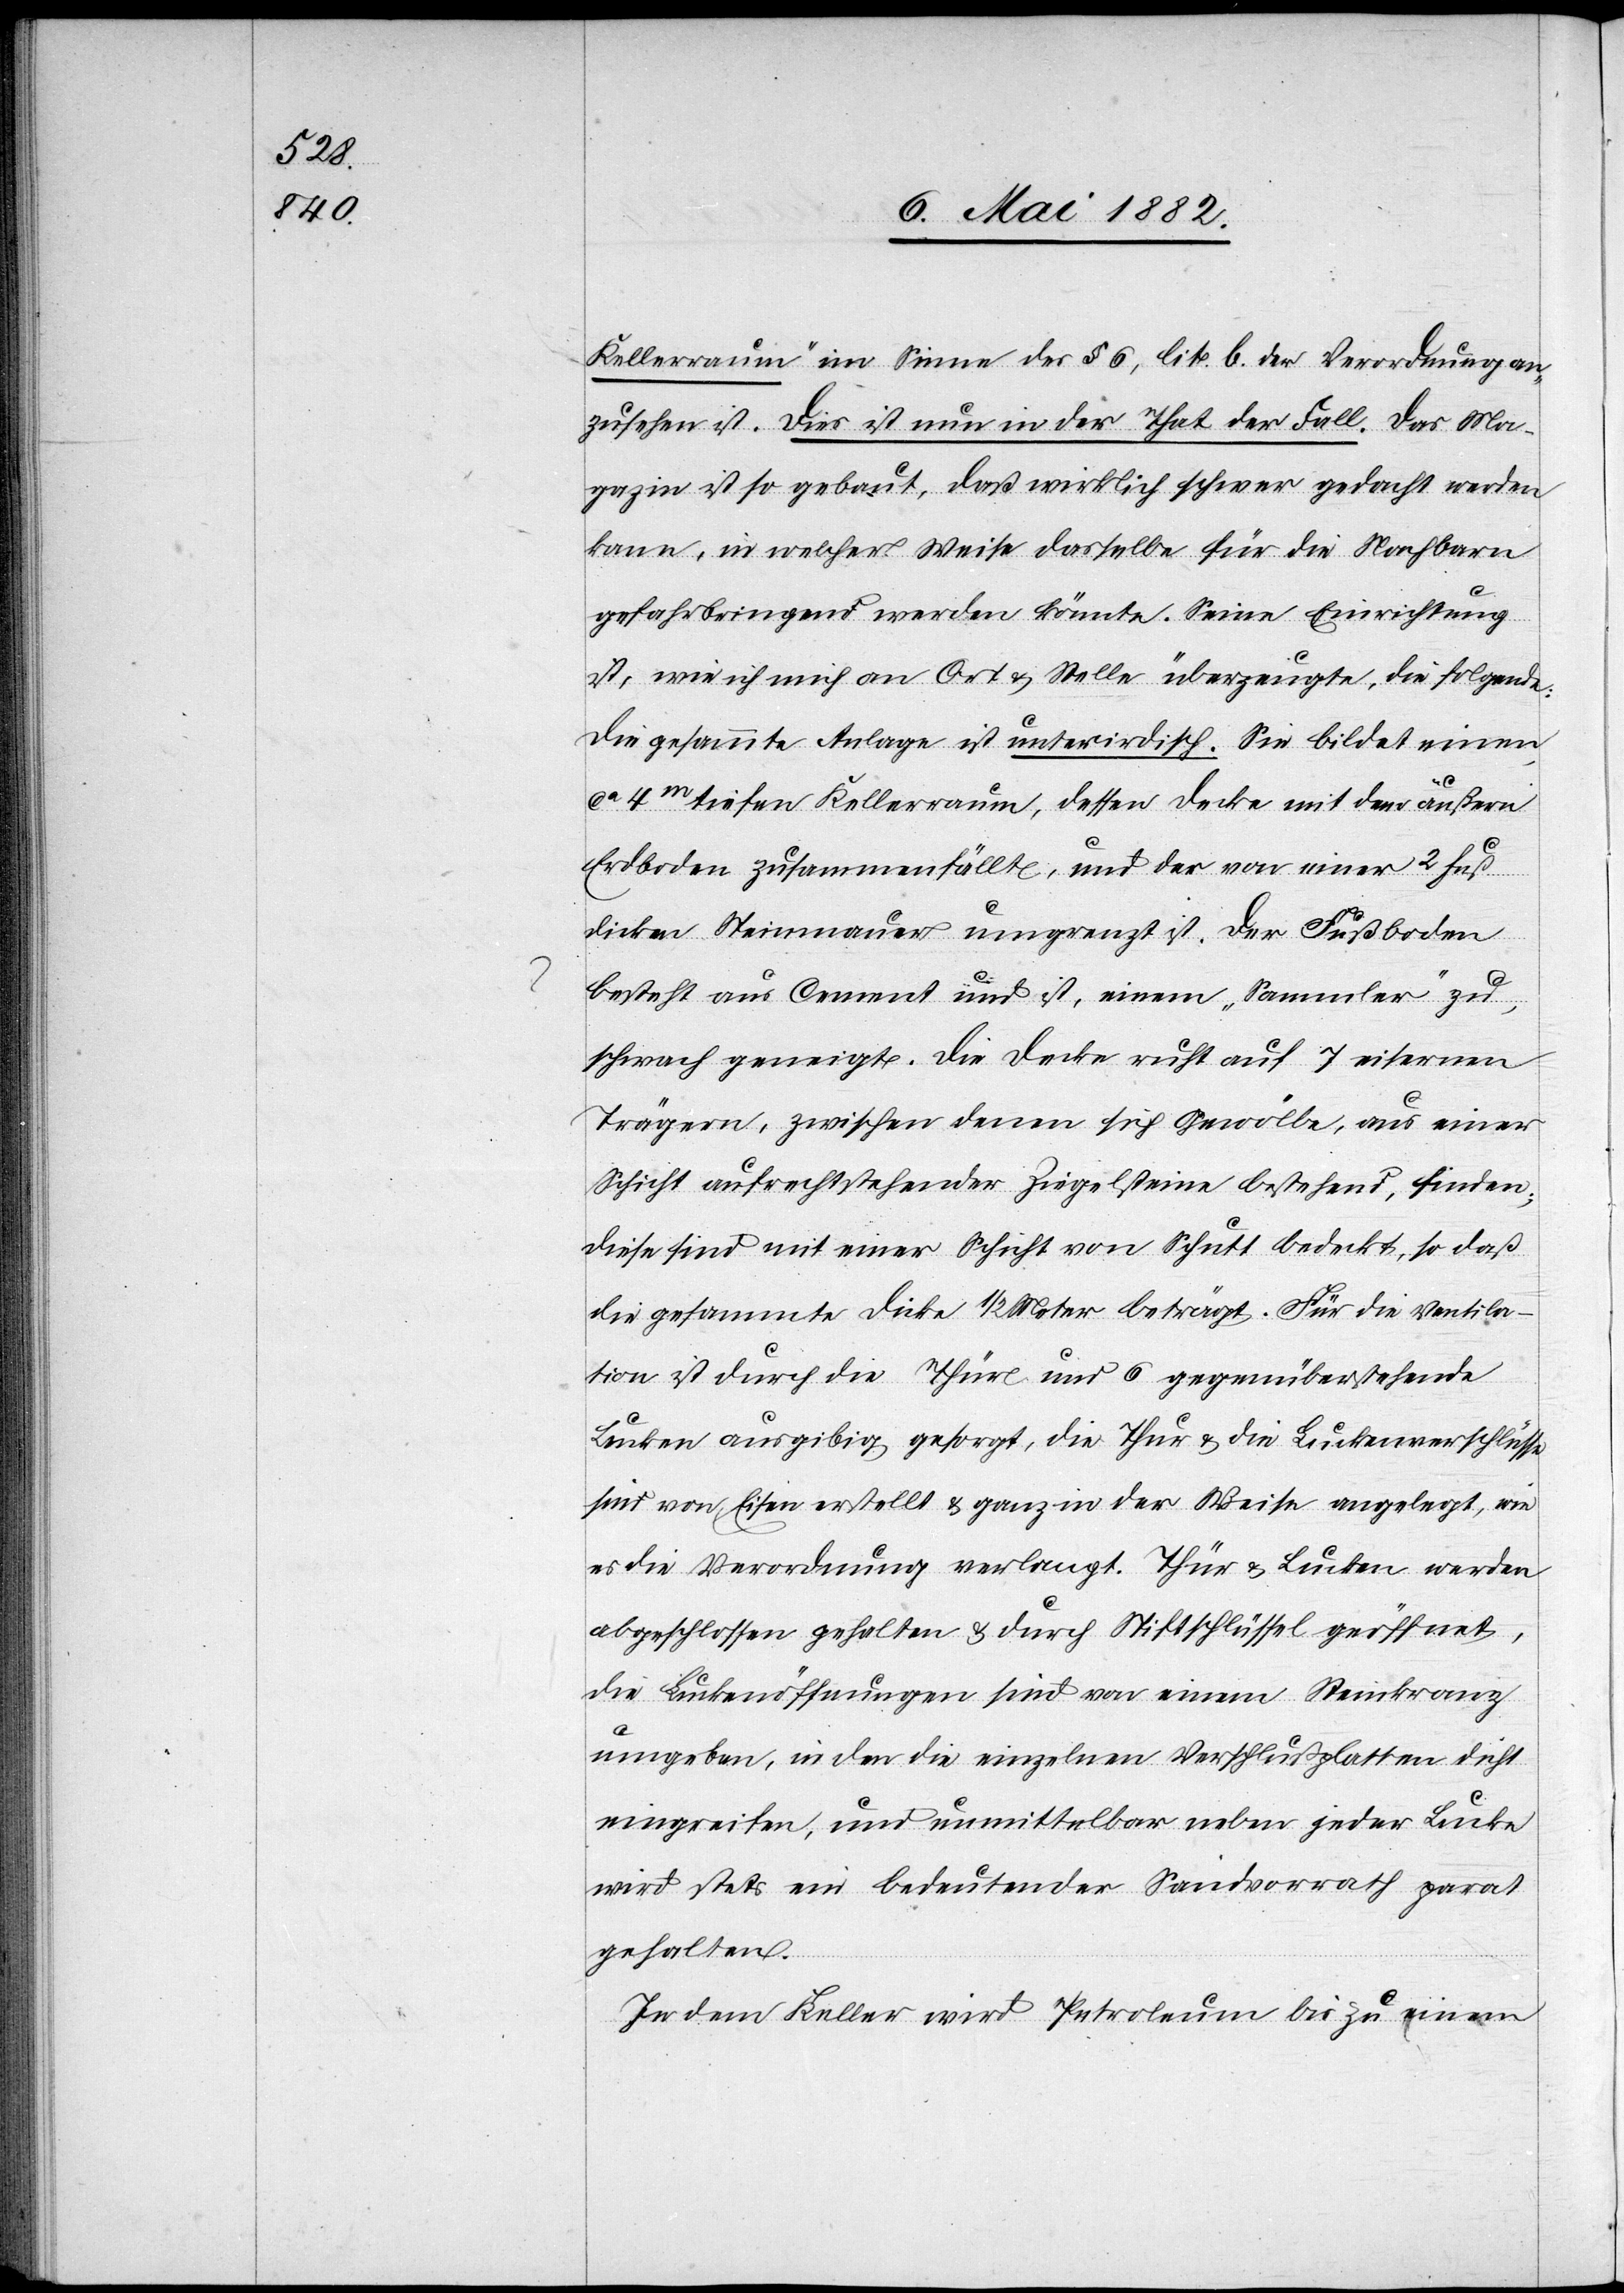
Kellerraum“ im Sinne des § 6, lit. b der Verordnung an¬
zusehen ist. Dies ist nun in der That der Fall. Das Ma¬
gazin ist so gebaut, daß wirklich schwer gedacht werden
kann, in welcher Weise dasselbe für die Nachbarn
gefahrbringend werden könnte. Seine Einrichtung
ist, wie ich mich an Ort & Stelle überzeugte, die folgende:
Die gesammte Anlage ist unterirdisch. Sie bildet einen
ca 4m tiefen Kellerraum, dessen Decke mit dem äußern
Erdboden zusammenfällt, und der von einer 2 Fuß
dicken Steinmauer umgrenzt ist. Der Fußboden
besteht aus Cement und ist, einem „Sammler“ zu,
schwach geneigt. Die Decke ruht auf 7 eisernen
Trägern, zwischen denen sich Gewölbe, aus einer
Schicht aufrechtstehender Ziegelsteine bestehend, finden;
diese sind mit einer Schicht von Schutt bedeckt, so daß
die gesammte Dicke 1/2 Meter beträgt. Für die Ventila¬
tion ist durch die Thüre und 6 gegenüberstehende
Lucken ausgibig [sic!] gesorgt, die Thür & die Luckenverschlüsse
sind von Eisen erstellt & ganz in der Weise angelegt, wie
es die Verordnung verlangt. Thür & Lucken werden
abgeschlossen gehalten & durch Stiftschlüssel geöffnet,
die Luckenöffnungen sind von einem Steinkranz
umgeben, in den die einzelnen Verschlußpatten dicht
eingreifen, und unmittelbar neben jede Lucke
wird stets ein bedeutender Sandvorrath parat
gehalten.
In dem Keller wird Petroleum bis zu einem